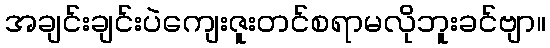
အချင်းချင်းပဲကျေးဇူးတင်စရာမလိုဘူးခင်ဗျာ။